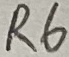
Text: R6